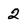
Character: 2